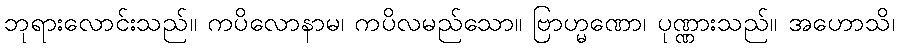
ဘုရားလောင်းသည်။ ကပိလောနာမ၊ ကပိလမည်သော။ ဗြာဟ္မဏော၊ ပုဏ္ဏားသည်။ အဟောသိ၊